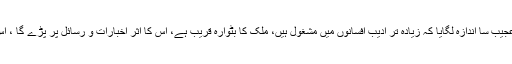
تقسیم کے ہنگامے جاری تھے، ان کے اندر چھے بے چین قلم کار نے عجیب سا اندازہ لگایا کہ زیادہ تر ادیب افسانوں میں مشغول ہیں، ملک کا بٹوارہ قریب ہے، اس کا اثر اخبارات و رسائل پر پڑے گا ، اس افراتفری میں کسی ادیب کو بڑےکینوس پر لکھنے کا وقت نہ ملے گا۔